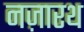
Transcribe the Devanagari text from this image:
नज़ारथ